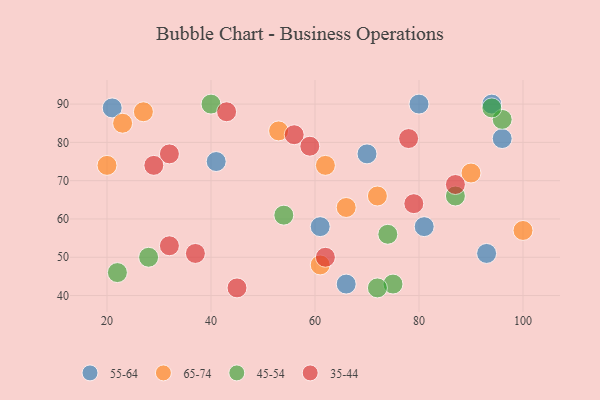
{"axis": {"x": "GDP", "y": "Life Expectancy"}, "legend": ["35-44", "45-54", "55-64", "65-74"], "data": [{"x": "80", "y": 90, "type": "55-64"}, {"x": "21", "y": 89, "type": "55-64"}, {"x": "94", "y": 90, "type": "55-64"}, {"x": "70", "y": 77, "type": "55-64"}, {"x": "96", "y": 81, "type": "55-64"}, {"x": "61", "y": 58, "type": "55-64"}, {"x": "66", "y": 43, "type": "55-64"}, {"x": "93", "y": 51, "type": "55-64"}, {"x": "81", "y": 58, "type": "55-64"}, {"x": "41", "y": 75, "type": "55-64"}, {"x": "27", "y": 88, "type": "65-74"}, {"x": "66", "y": 63, "type": "65-74"}, {"x": "90", "y": 72, "type": "65-74"}, {"x": "23", "y": 85, "type": "65-74"}, {"x": "61", "y": 48, "type": "65-74"}, {"x": "53", "y": 83, "type": "65-74"}, {"x": "72", "y": 66, "type": "65-74"}, {"x": "62", "y": 74, "type": "65-74"}, {"x": "20", "y": 74, "type": "65-74"}, {"x": "100", "y": 57, "type": "65-74"}, {"x": "74", "y": 56, "type": "45-54"}, {"x": "75", "y": 43, "type": "45-54"}, {"x": "54", "y": 61, "type": "45-54"}, {"x": "40", "y": 90, "type": "45-54"}, {"x": "28", "y": 50, "type": "45-54"}, {"x": "87", "y": 66, "type": "45-54"}, {"x": "96", "y": 86, "type": "45-54"}, {"x": "72", "y": 42, "type": "45-54"}, {"x": "94", "y": 89, "type": "45-54"}, {"x": "22", "y": 46, "type": "45-54"}, {"x": "32", "y": 53, "type": "35-44"}, {"x": "43", "y": 88, "type": "35-44"}, {"x": "32", "y": 77, "type": "35-44"}, {"x": "79", "y": 64, "type": "35-44"}, {"x": "29", "y": 74, "type": "35-44"}, {"x": "78", "y": 81, "type": "35-44"}, {"x": "87", "y": 69, "type": "35-44"}, {"x": "45", "y": 42, "type": "35-44"}, {"x": "62", "y": 50, "type": "35-44"}, {"x": "56", "y": 82, "type": "35-44"}, {"x": "37", "y": 51, "type": "35-44"}, {"x": "59", "y": 79, "type": "35-44"}]}